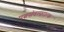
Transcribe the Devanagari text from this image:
पञ्चसंवत्सरात्क